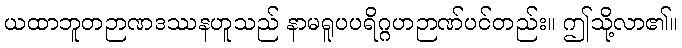
ယထာဘူတဉာဏဒဿနဟူသည် နာမရူပပရိဂ္ဂဟဉာဏ်ပင်တည်း။ ဤသို့လာ၏။